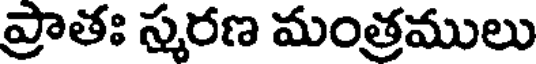
ప్రాతః స్మరణ మంత్రములు